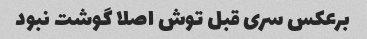
برعکس سری قبل توش اصلا گوشت نبود